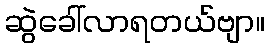
ဆွဲခေါ်လာရတယ်ဗျာ။